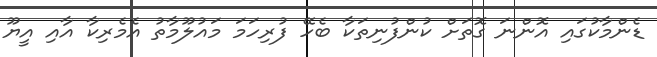
ޑެންމާކުގައި އޮންނަ ގޮތަށް ކުންފުނިތަކާ ބެހޭ ފުރިހަމަ މައުލޫމާތު އެމެރިކާ އާއި އީޔޫ